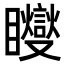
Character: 𥍆